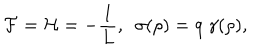
LaTeX: { \cal F } = { \cal H } = - \frac { 1 } { L } , \, \, \, \sigma ( \rho ) = q ~ \gamma ( \rho ) ,